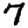
Digit: 7